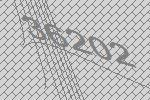
36202